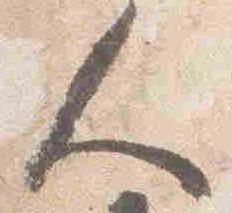
人